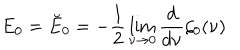
LaTeX: E _ { 0 } = \breve { E } _ { 0 } = - \frac 1 2 \lim _ { \nu \rightarrow 0 } { \frac { d } { d \nu } } \zeta _ { 0 } ( \nu )